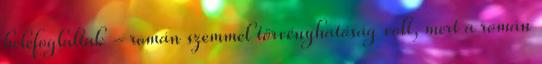
belefoglaltak - román szemmel törvényhatóság volt, mert a román